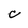
Character: c